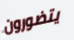
يتضورون